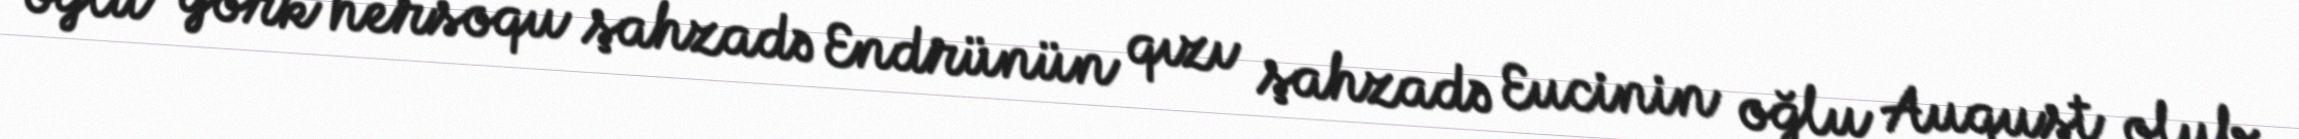
oğlu York hersoqu şahzadə Endrünün qızı şahzadə Eucinin oğlu Auqust olub.